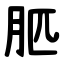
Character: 䏘